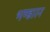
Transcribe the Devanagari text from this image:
भण्डारन